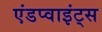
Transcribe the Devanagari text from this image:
एंडप्वाइंट्स